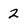
Character: 2